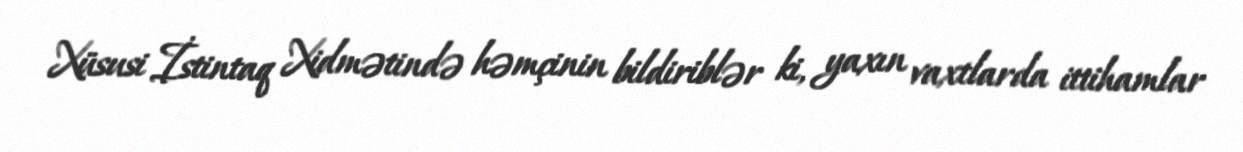
Xüsusi İstintaq Xidmətində həmçinin bildiriblər ki, yaxın vaxtlarda ittihamlar